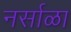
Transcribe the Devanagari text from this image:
नर्साळा